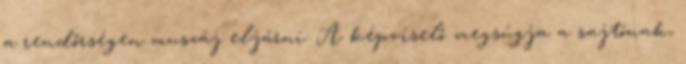
a rendőrségen muszáj eljárni. A képviselő megsúgja a sajtónak,